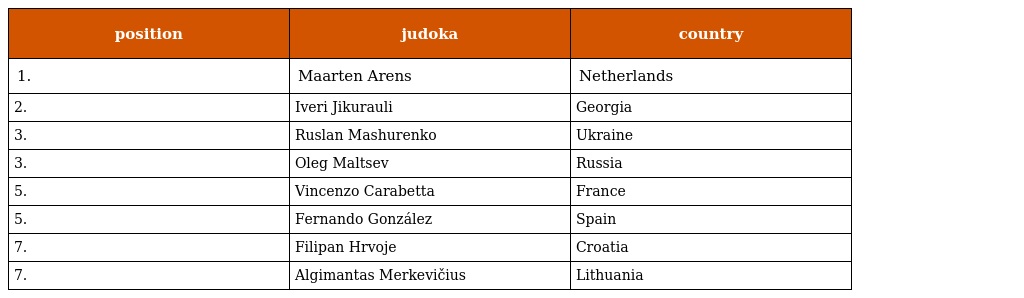
| position | judoka | country |
 | --- | --- | --- |
 | 1. | Maarten Arens | Netherlands |
 | 2. | Iveri Jikurauli | Georgia |
 | 3. | Ruslan Mashurenko | Ukraine |
 | 3. | Oleg Maltsev | Russia |
 | 5. | Vincenzo Carabetta | France |
 | 5. | Fernando González | Spain |
 | 7. | Filipan Hrvoje | Croatia |
 | 7. | Algimantas Merkevičius | Lithuania |